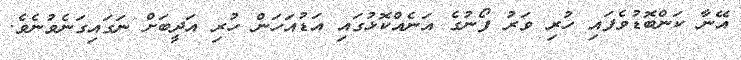
އޭނާ ކަންބޮޑުވެފައި ހުރި ވަރު ފޯނުގެ އަނެއްކޮޅުގައި އަޑުއަހަން ހުރި އަދީބަށް ނަގައިގަނެވުނެވެ.